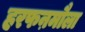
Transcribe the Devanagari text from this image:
हरफऩमौला